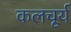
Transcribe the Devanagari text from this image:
कलचूर्य